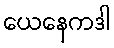
ယေနေကဒါ